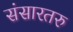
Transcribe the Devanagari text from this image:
संसारतरु